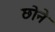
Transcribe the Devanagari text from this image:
छोने